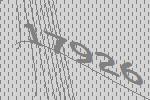
17926